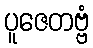
ပူဇေတဗ္ဗံ